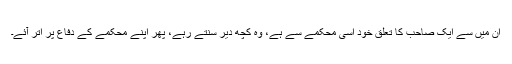
ان میں سے ایک صاحب کا تعلق خود اسی محکمے سے ہے، وہ کچھ دیر سنتے رہے، پھر اپنے محکمے کے دفاع پر اُتر آئے۔